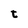
Character: t